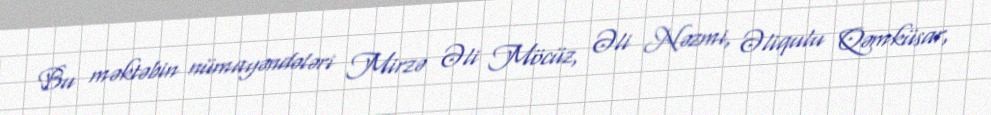
Bu məktəbin nümayəndələri Mirzə Əli Möcüz, Əli Nəzmi, Əliqulu Qəmküsar,